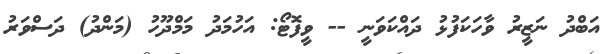
އަބްދު ނަޒީރު ވާހަކަފުޅު ދައްކަވަނީ -- ވީފޮޓޯ: އަހުމަދު މަމްދޫހު (މަންދު) ދަސްވަރު